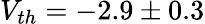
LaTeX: V_{th}=-2.9\pm 0.3